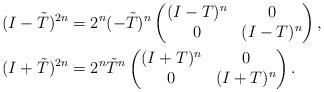
LaTeX: \begin{align*}(I-\tilde{T})^{2n} &= 2^n (-\tilde T)^n \begin{pmatrix}(I-T)^n & 0\\0 & (I-T)^n \end{pmatrix},\\(I+\tilde{T})^{2n} &= 2^n \tilde T^n \begin{pmatrix}(I+T)^n & 0\\0 & (I+T)^n \end{pmatrix}.\end{align*}